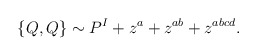
\begin{align*}\{Q, Q\} \sim P^I + z^a + z^{ab} + z^{abcd}.\end{align*}